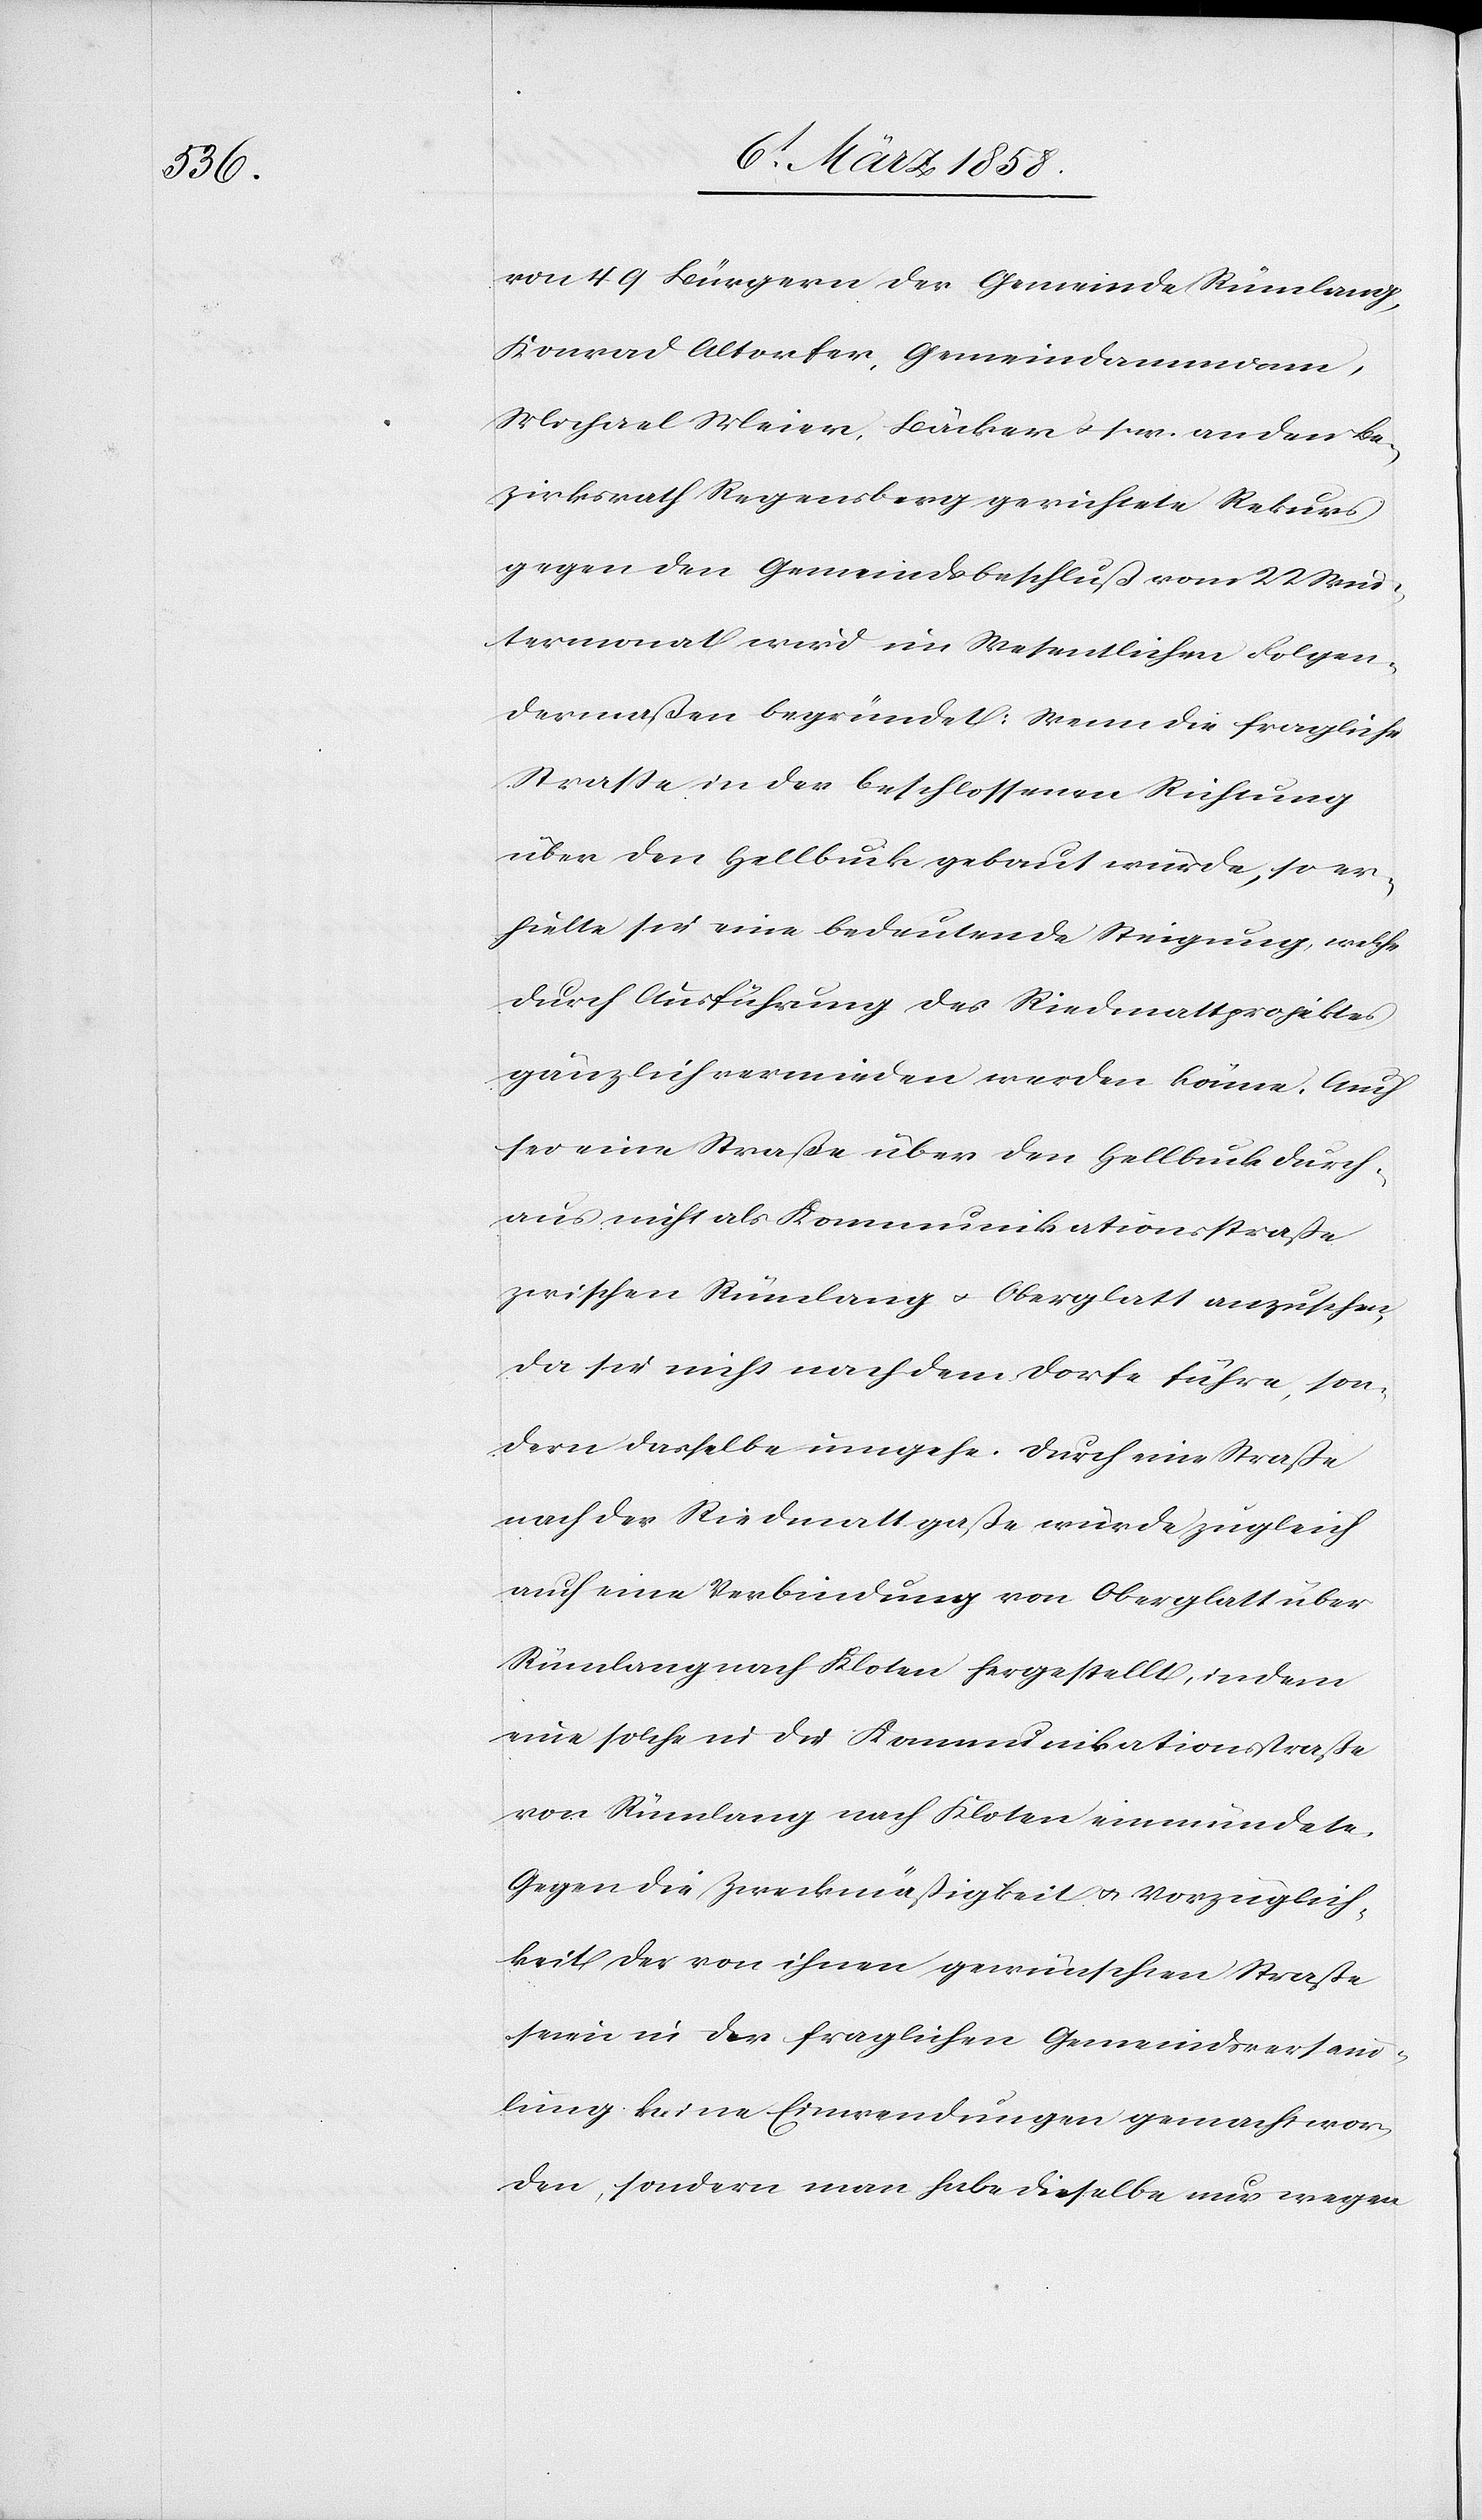
von 49 Bürgern der Gemeinde Rümlang,
Konrad Altorfer, Gemeindammann,
Michael Meier, Bäcker u. s. w. an den Be¬
zirksrath Regensberg gerichtete Rekurs
gegen den Gemeindsbeschluß vom 22. Win¬
termonat wird im Wesentlichen Folgen¬
dermaßen begründet: Wenn die fragliche
Straße in der beschlossenen Richtung
über den Hellbuck gebaut würde, so er¬
hielte sie eine bedeutende Steigung, welche
durch Ausführung des Riedmattprojektes
gänzlich vermieden werden könne. Auch
sei eine Straße über den Hellbuck durch¬
aus nicht als Kommunikationsstraße
zwischen Rümlang u. Oberglatt anzusehen,
da sie nicht nach dem Dorfe führe, son¬
dern dasselbe umgehe. Durch eine Straße
nach der Riedmattgasse würde zugleich
auch eine Verbindung von Oberglatt über
Rümlang nach Kloten hergestellt, indem
eine solche in die Kommunikationsstraße
von Rümlang nach Kloten einmündete.
Gegen die Zweckmäßigkeit u. Vorzüglich¬
keit der von ihnen gewünschten Straße
sowie in der fraglichen Gemeindsversamm¬
lung [seien] keine Einwendungen gemacht wor¬
den, sondern man habe dieselbe nur wegen